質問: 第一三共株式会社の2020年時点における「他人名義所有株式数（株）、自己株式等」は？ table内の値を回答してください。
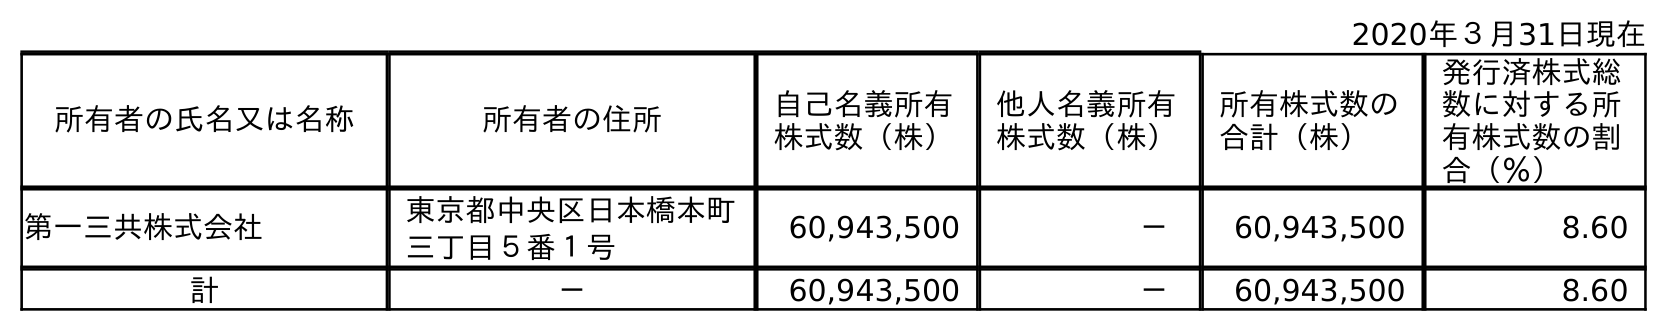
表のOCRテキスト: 2020年３月31日現在 所有者の氏名又は名称 所有者の住所 自己名義所有 株式数（株） 他人名義所有 株式数（株） 所有株式数の 合計（株） 発行済株式総 数に対する所 有株式数の割 合（％） 第一三共株式会社 東京都中央区日本橋本町 三丁目５番１号 60,943,500 － 60,943,500 8.60 計 － 60,943,500 － 60,943,500 8.60
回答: －